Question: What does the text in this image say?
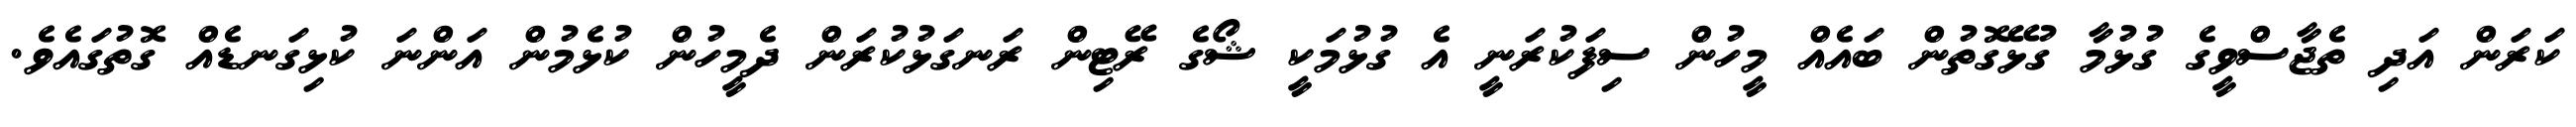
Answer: ކަރަން އަދި ތެޖާސްވީގެ ގުޅުމާ ގުޅޭގޮތުން ބައެއް މީހުން ސިފަކުރަނީ އެ ގުޅުމަކީ ޝޯގެ ރޭޓިން ރަނގަޅުކުރަން ދެމީހުން ކުޅެމުން އަންނަ ކުޅިގަނޑެއް ގޮތުގައެވެ.